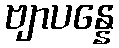
ဗျာပန္နေ